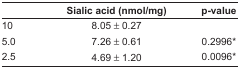
<table><thead><tr><td>[EMPTY_CELL]</td><td><b>Sialic acid (nmol/mg)</b></td><td><b>p-value</b></td></tr></thead><tbody><tr><td>10</td><td>8.05 ± 0.27</td><td>[EMPTY_CELL]</td></tr><tr><td>5.0</td><td>7.26 ± 0.61</td><td>0.2996*</td></tr><tr><td>2.5</td><td>4.69 ± 1.20</td><td>0.0096*</td></tr></tbody></table>